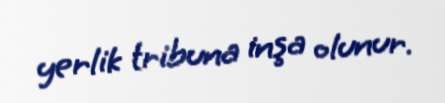
yerlik tribuna inşa olunur.